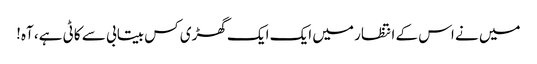
میں نے اس کے انتظار میں ایک ایک گھڑی کس بیتابی سے کاٹی ہے، آہ!